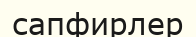
сапфирлер